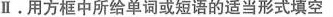
Ⅱ.用方框中所给单词或短语的适当形式填空